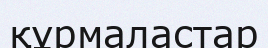
құрмаластар